Civil Veterinary Department Bihar reports 1940-50 - 1940-1950
Year: 1940
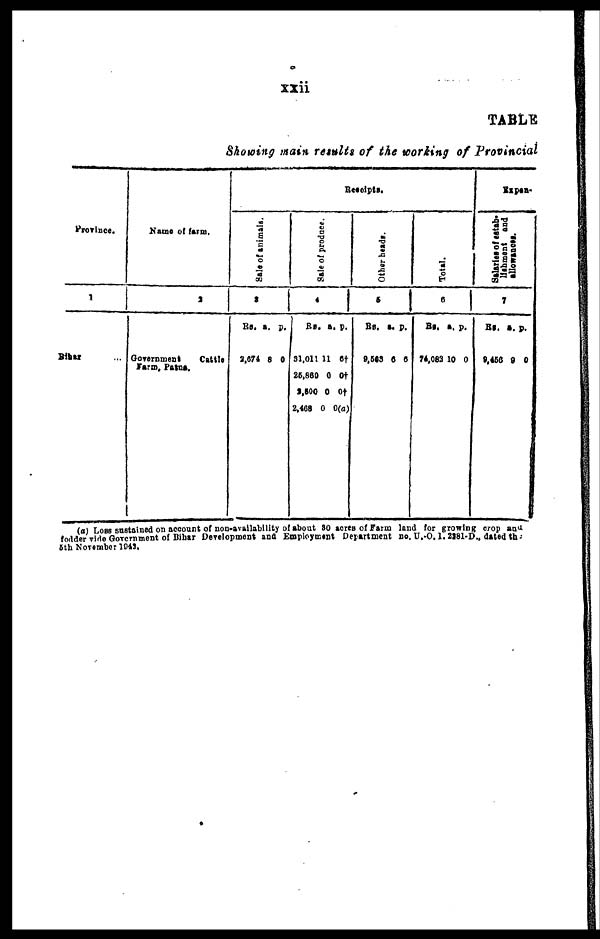
xxii
TABLE
Showing main results of the working of Provincial
Province.
1
Bihar ...
Name of farm.
2
Government
Cattle
Receipts.
Sale
of animals.
3
Rs. a. p.
2,674 8 0
S
ale of produce.
4
Rs.
31,011
26,860
2,500
2,468
a.
11
0
0
0
p.
6†
0†
0†
0(a)
Other heads.
5
Rs. a. p.
9,503 6 6
Total.
6
Rs. a. p.
74,083 10 0
Expen-
Salaries of estab-
lishment and
allowances.
7
Rs. a. p.
9,466 0 0
(a) Loss sustained on account of non-availability of about 80 acres of farm land for growing crop and
fodder vide Government of Bihar Development and Employment Department no, U.-O. 1.2281-D., dated th-
5th November 1942.